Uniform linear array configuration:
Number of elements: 12
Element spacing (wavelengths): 0.75
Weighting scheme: blackman
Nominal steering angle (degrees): -15
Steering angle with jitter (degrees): -14.569
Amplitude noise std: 0.05
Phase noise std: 0.05

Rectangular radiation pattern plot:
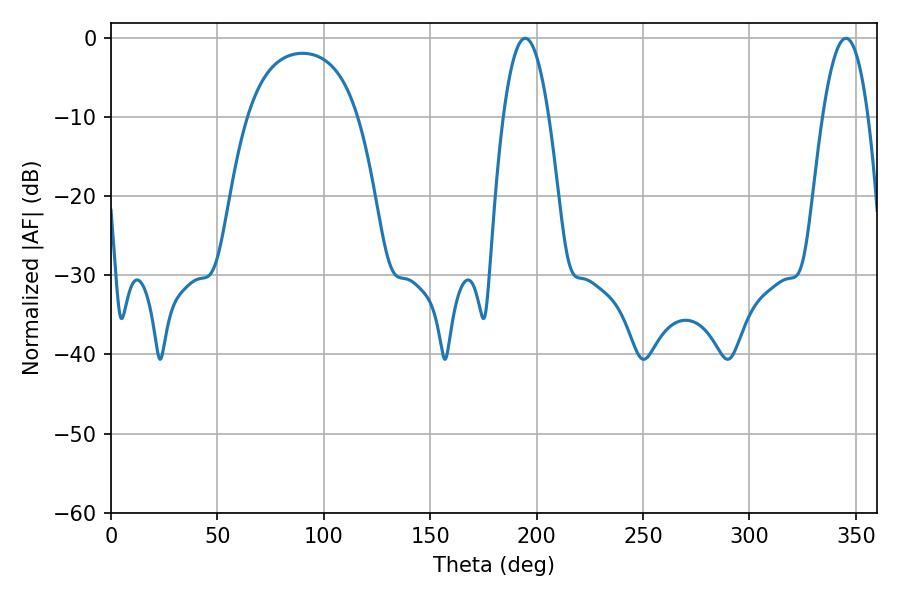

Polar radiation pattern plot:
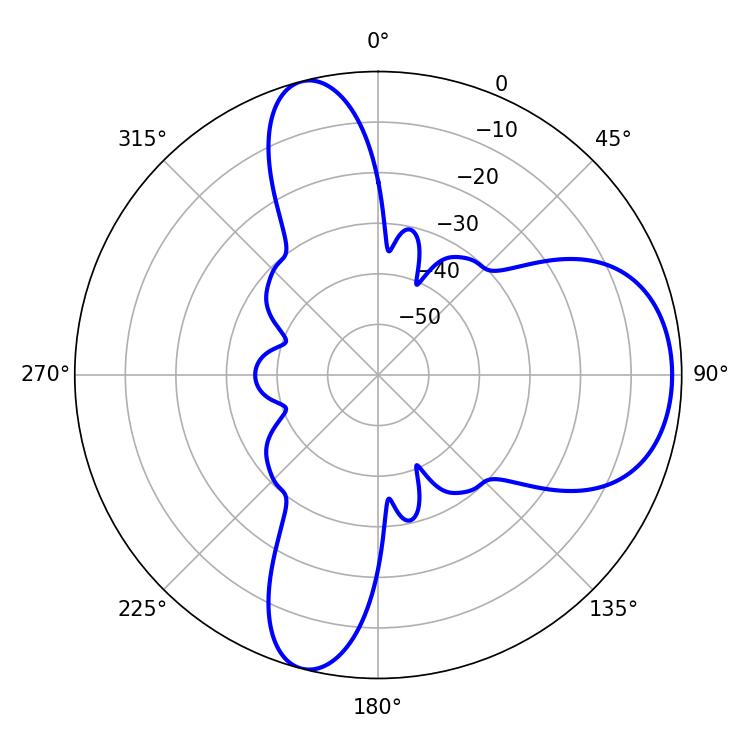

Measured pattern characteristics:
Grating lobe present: TRUE
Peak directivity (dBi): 8.535
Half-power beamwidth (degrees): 11.88
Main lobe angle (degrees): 194.58